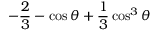
- \frac { 2 } { 3 } - \cos \theta + \frac { 1 } { 3 } \cos ^ { 3 } \theta